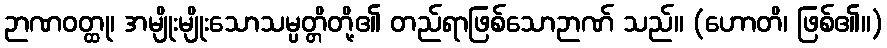
ဉာဏဝတ္ထု၊ အမျိုးမျိုးသောသမ္ပတ္တိတို့၏ တည်ရာဖြစ်သောဉာဏ် သည်။ (ဟောတိ၊ ဖြစ်၏။)